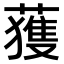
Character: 𫉬